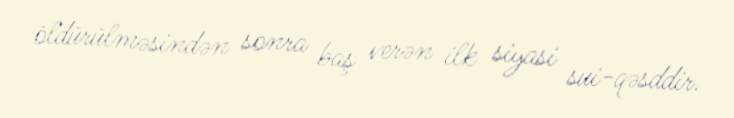
öldürülməsindən sonra baş verən ilk siyasi sui-qəsddir.